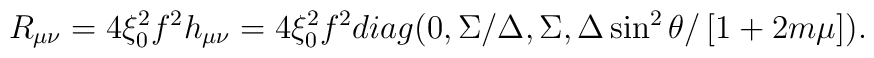
R_{\mu \nu }=4\xi _{0}^{2}f^{2}h_{\mu \nu }=4\xi _{0}^{2}f^{2}diag(0,\Sigma/\Delta ,\Sigma ,\Delta \sin ^{2}\theta /\left[ 1+2m\mu \right] ).